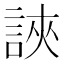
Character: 䛟